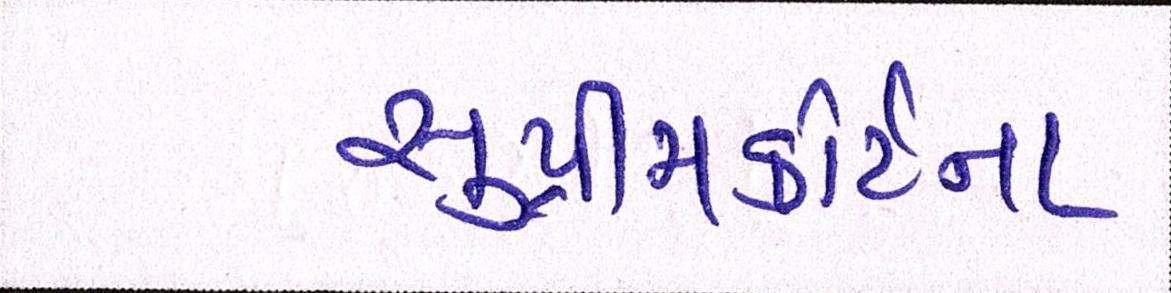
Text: સુપ્રીમકોર્ટના